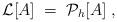
LaTeX: \begin{align*}{\cal{L}}[A] \;=\; {\cal{P}}_h[A] \;, \end{align*}